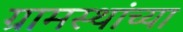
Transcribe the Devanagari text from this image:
ग्रामस्‍थांच्‍या